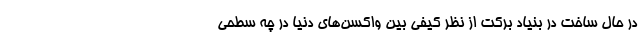
در حال ساخت در بنیاد برکت از نظر کیفی بین واکسن‌های دنیا در چه سطحی